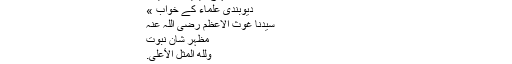
سیدنا غوث الاعظم رضی اللہ عنہ « تحریک منہاج القرآن
WordPress.com	« منہاج ویلفیئر فاؤنڈیشن
دیوبندی علماء کے خواب »
سیدنا غوث الاعظم رضی اللہ عنہ
مظہر شان نبوت
وَلِلّهِ الْمَثَلُ الْأَعْلَىَ.
(النحل : 60)
’’اور بلند تر صفت اللہ ہی کی ہے‘‘۔